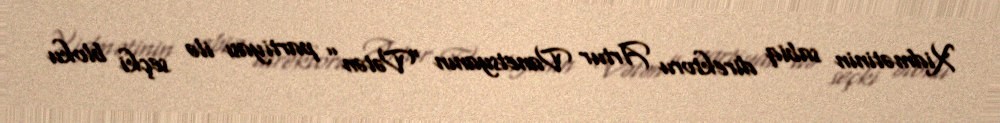
Xidmətinin sabiq direktoru Artur Vanetsyanın “Vətən” partiyası ilə seçki bloku